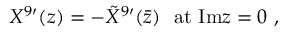
X ^ { 9 \prime } ( z ) = - { \tilde { X } } ^ { 9 \prime } ( \bar { z } ) \ \ \mathrm { a t \ I m } z = 0 \ ,